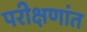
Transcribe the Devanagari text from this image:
परीक्षणांत